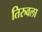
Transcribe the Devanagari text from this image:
तिरुवला